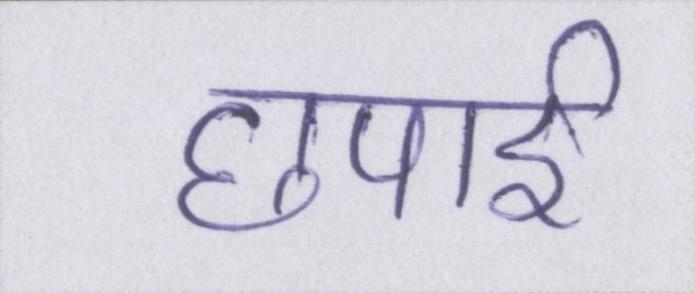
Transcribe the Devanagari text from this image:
छपाई